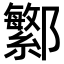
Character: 𬪤